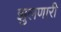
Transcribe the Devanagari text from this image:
झुलणारी